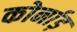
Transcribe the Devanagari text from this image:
कोर्नाड़